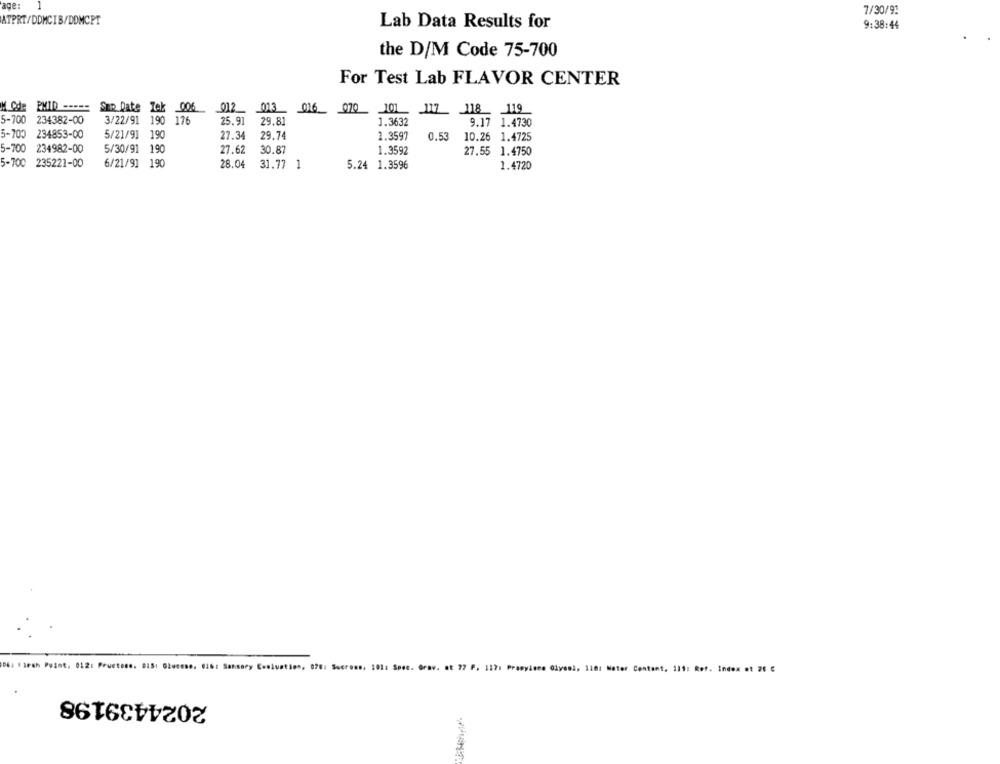
age:
1
7/30/9:
ATPRI/DDMCIB/DDMCPT
Lab Data Results for
9:38:44
the D/M Code 75-700
For Test Lab FLAVOR CENTER
M Code PMID -----
Snp Date Tek 006 012 013 016_ 070 101 117 118 119
5-700
234382-00
3/22/91 190 176
25.91
29.81
1.3632
9.17 1.4730
5-700 234853-00
5/21/91 190
27.34
29.74
2.3597
0.53
10.26 1.4725
5-700 234982-00
5/30/91 190
27.62
30.87
1.3597
27.55 1.4750
5-700 235221-00
6/21/91 190
28.04
31.77 1
5.24 1.3596
1.4720
D6: Harsh Point, 012: Pruetone, 015: Glucose, 0161 Sensory Evaluation, 070: Sucrose, 101: Spec. Grav. et 77 P. 127: Propylene Glycol, 110: Water Content. 119: Ref. Index at 20 €
2024439198